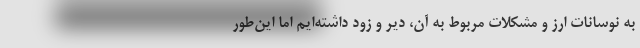
به نوسانات ارز و مشکلات مربوط به آن، دیر و زود داشته‌ایم اما این‌طور